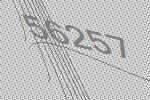
56257